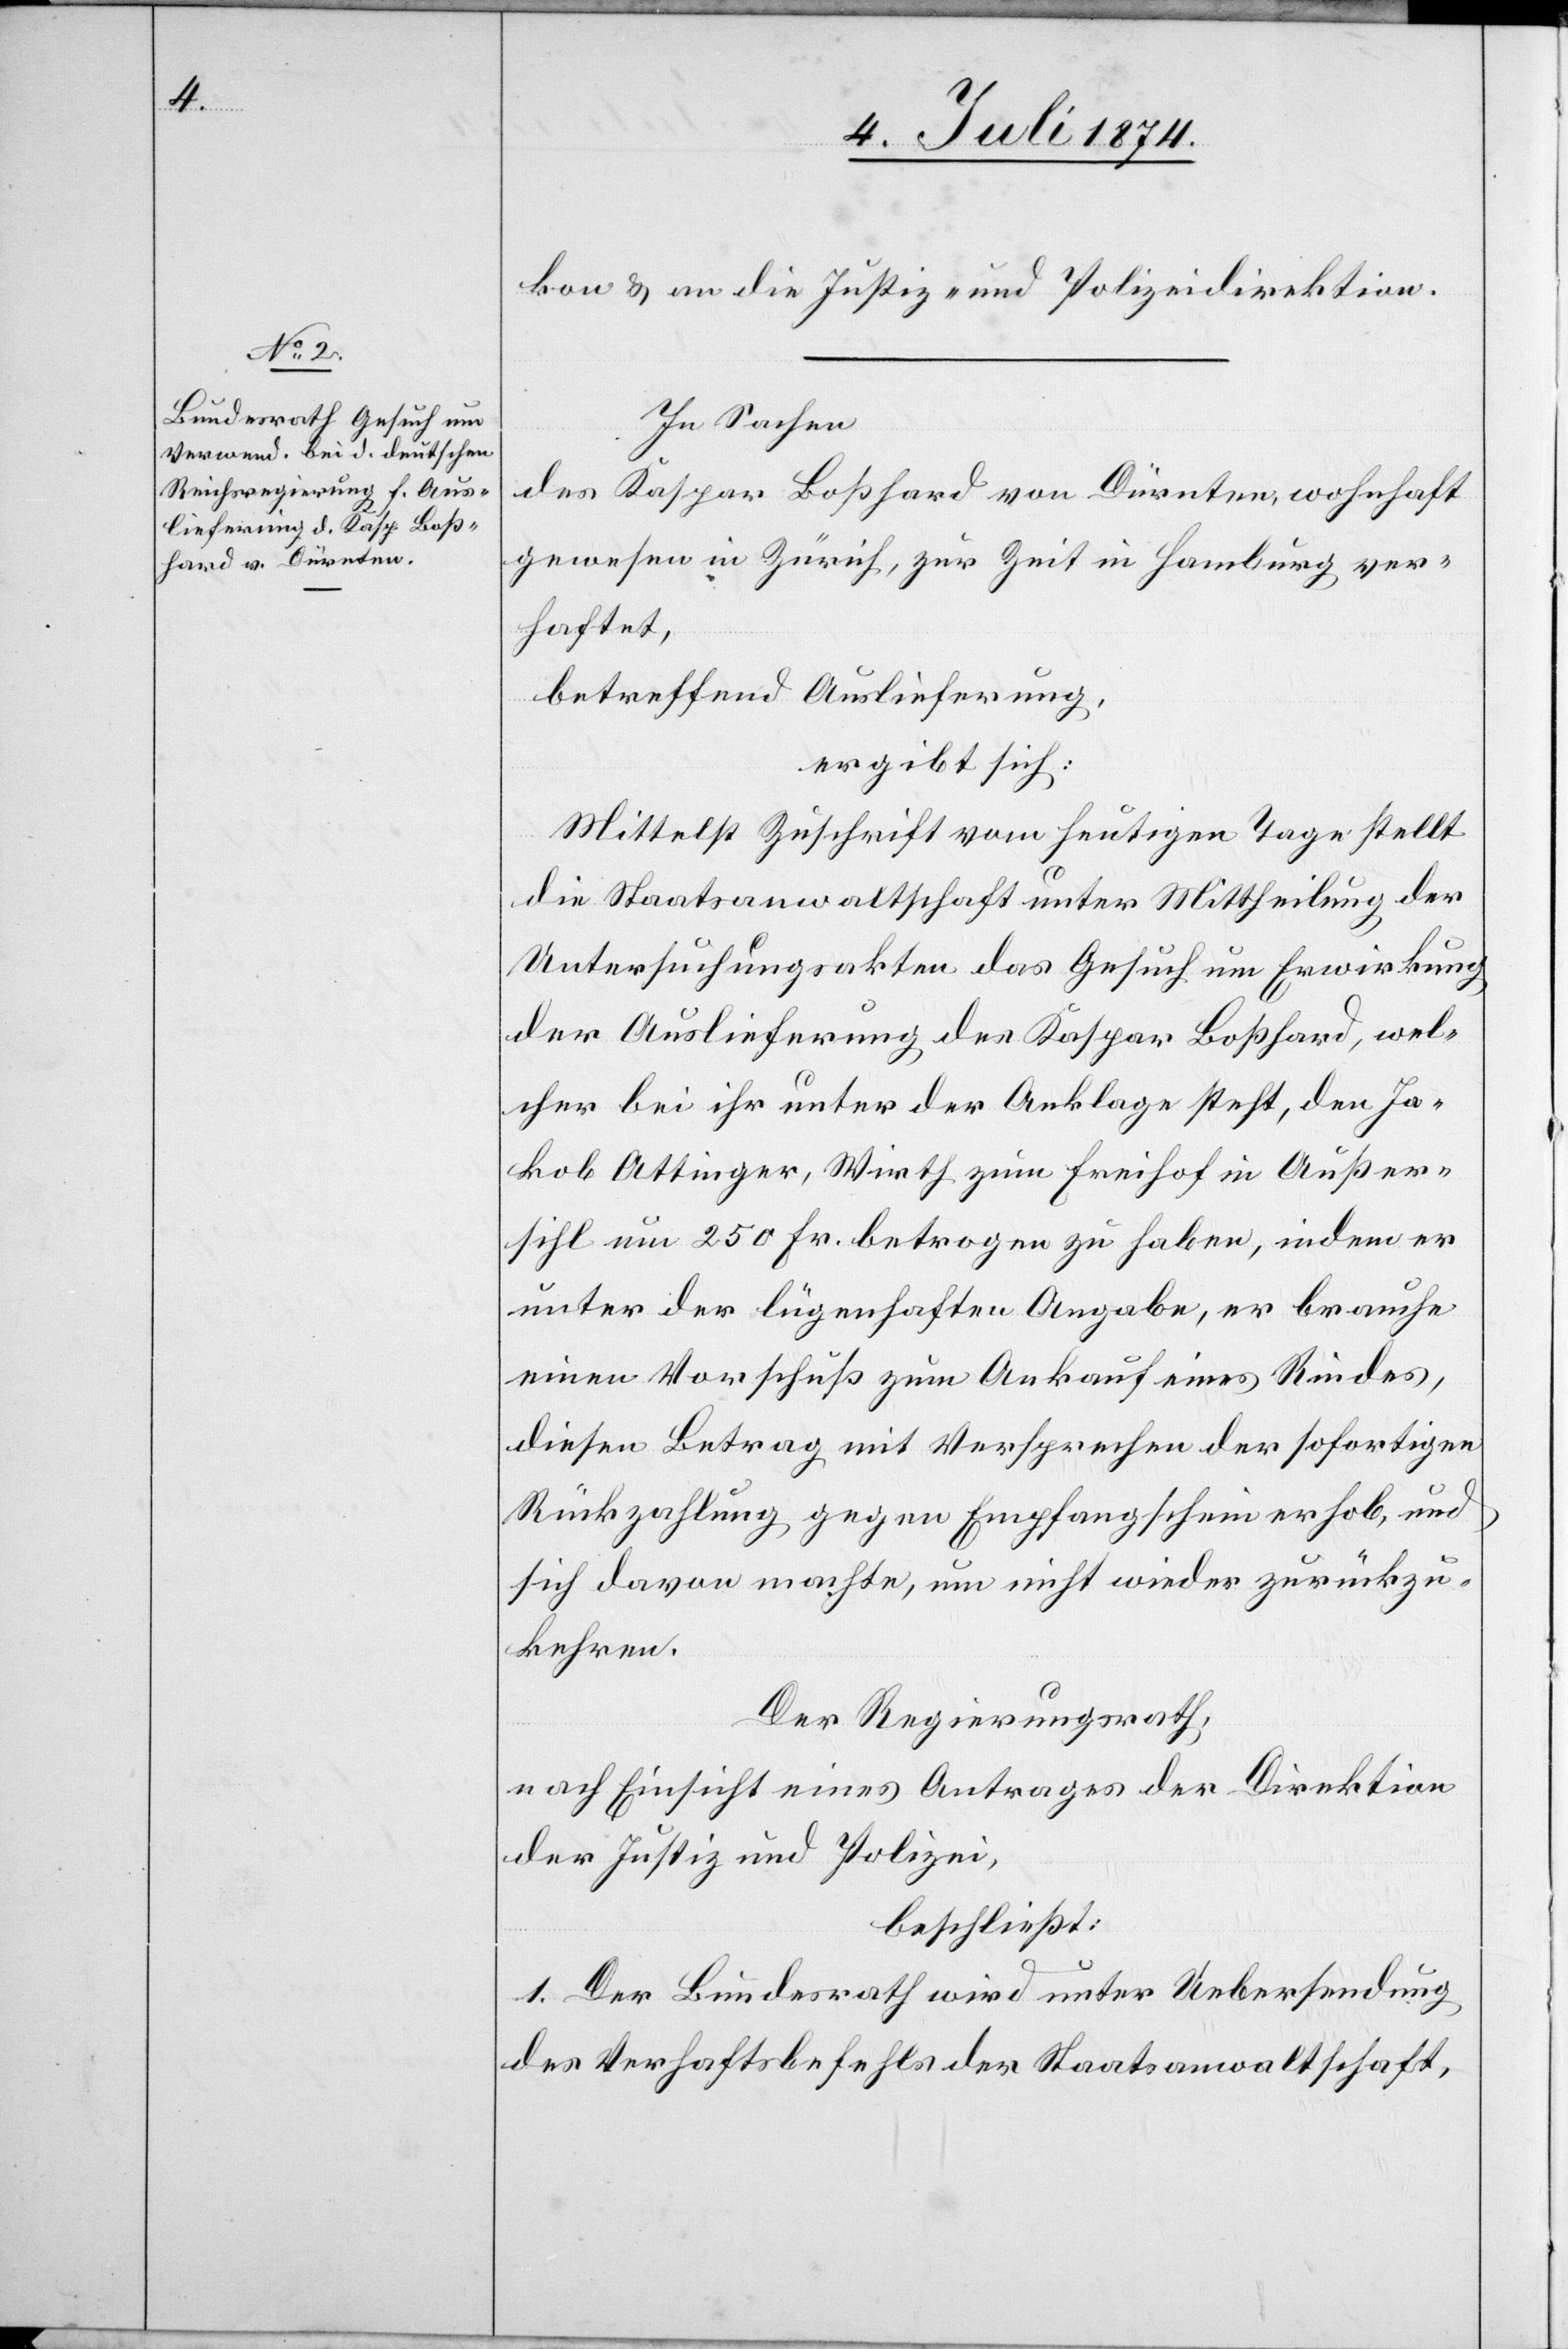
kon u. an die Justiz- und Polizeidirektion.
In Sachen
des Kaspar Boßhard von Dürnten, wohnhaft
gewesen in Zürich, zur Zeit in Hamburg ver¬
haftet,
betreffend Auslieferung,
ergibt sich:
Mittelst Zuschrift vom heutigen Tage stellt
die Staatsanwaltschaft unter Mittheilung der
Untersuchungsakten das Gesuch um Erwirkung
der Auslieferung des Kaspar Boßhard, wel¬
cher bei ihr unter der Anklage steht, den Ja¬
kob Attinger, Wirth zum Freihof in Außer¬
sihl um 250 Fr. betrogen zu haben, indem er
unter der lügenhaften Angabe, er brauche
einen Vorschuß zum Ankauf eines Riedes,
diesen Betrag mit Versprechen der sofortigen
Rückzahlung gegen Empfangschein erhob, und
sich davon machte, um nicht wieder zurückzu¬
kehren.
Der Regierungsrath,
nach Einsicht eines Antrages der Direktion
der Justiz und Polizei,
beschließt:
1. Der Bundesrath wird unter Uebersendung
des Verhaftsbefehls der Staatsanwaltschaft,